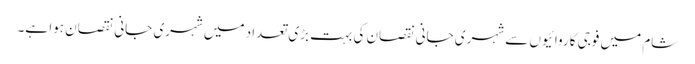
شام میں فوجی کاروائیوں سے شہری جانی نقصان کی بہت بڑی تعداد میں شہری جانی نقصان ہوا ہے۔